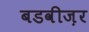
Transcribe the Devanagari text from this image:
बडवीज़र